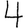
Digit: 4